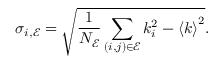
\sigma _ { i , \mathscr { E } } = \sqrt { \frac { 1 } { N _ { \mathscr { E } } } \sum _ { ( i , j ) \in \mathscr { E } } k _ { i } ^ { 2 } - { \left\langle k \right\rangle } ^ { 2 } } .